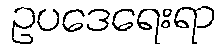
ဥပဒေရေးရာ